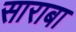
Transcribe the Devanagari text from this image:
साराबा